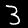
Label: 3